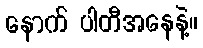
နောက် ပါတီအနေနဲ့။